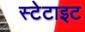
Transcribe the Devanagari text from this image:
स्टेटाइट